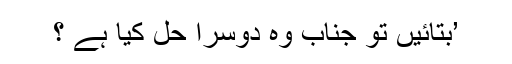
’بتائیں تو جناب وہ دوسرا حل کیا ہے ؟